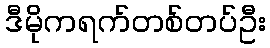
ဒီမိုကရက်တစ်တပ်ဦး